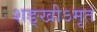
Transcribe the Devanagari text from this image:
शङ्खोऽमृतं